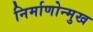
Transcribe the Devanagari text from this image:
निर्माणोन्मुख